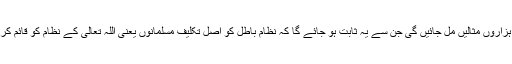
ماضی میں بھی اور موجودہ دور میں بھی اس طرح کی ہزاروں مثالیں مل جائیں گی جن سے یہ ثابت ہو جائے گا کہ نظام باطل کو اصل تکلیف مسلمانوں یعنی اللہ تعالیٰ کے نظام کو قائم کرنے والوں سے ہے اور مسلمانوں کے نظام حق سے ہے۔